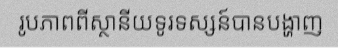
រូបភាពពីស្ថានីយទូរទស្សន៍បានបង្ហាញ